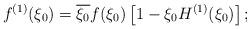
LaTeX: \begin{align*}f^{(1)}(\xi_{0})=\overline{\xi_{0}}f(\xi_{0})\left[1-\xi_{0}H^{(1)}(\xi_{0})\right];\end{align*}